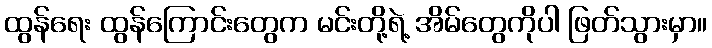
ထွန်ရေး ထွန်ကြောင်းတွေက မင်းတို့ရဲ့ အိမ်တွေကိုပါ ဖြတ်သွားမှာ။